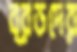
ব্রডদের